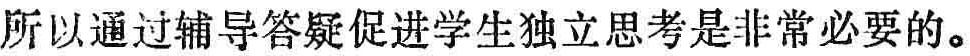
所以通过辅导答疑促进学生独立思考是非常必要的。